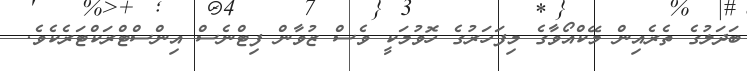
ބަދަލުގެ ތެރެއިން މޭކްއޯވާގެ މިފަހަރުގެ ހޮވުމަކީ ވެސް ޒުވާން ފިޓްނެސް އިންސްޓްރަކްޓަރެކެވެ.